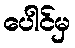
ပေါင်မှ